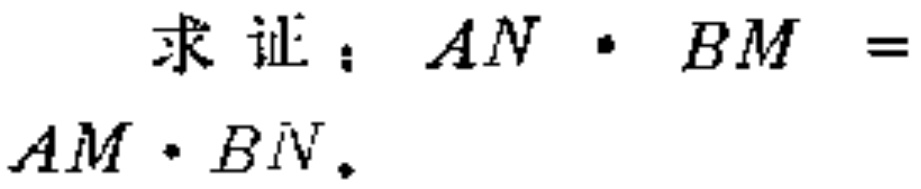
求证：\(AN\cdot BM = AM\cdot BN\)